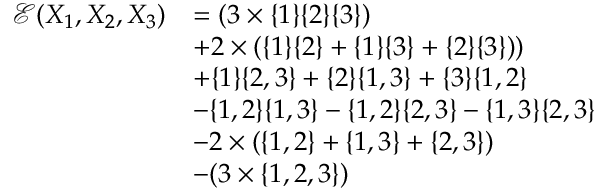
\begin{array} { r l } { \mathcal { E } ( X _ { 1 } , X _ { 2 } , X _ { 3 } ) } & { = ( 3 \times \{ 1 \} \{ 2 \} \{ 3 \} ) } \\ & { + 2 \times ( \{ 1 \} \{ 2 \} + \{ 1 \} \{ 3 \} + \{ 2 \} \{ 3 \} ) ) } \\ & { + \{ 1 \} \{ 2 , 3 \} + \{ 2 \} \{ 1 , 3 \} + \{ 3 \} \{ 1 , 2 \} } \\ & { - \{ 1 , 2 \} \{ 1 , 3 \} - \{ 1 , 2 \} \{ 2 , 3 \} - \{ 1 , 3 \} \{ 2 , 3 \} } \\ & { - 2 \times ( \{ 1 , 2 \} + \{ 1 , 3 \} + \{ 2 , 3 \} ) } \\ & { - ( 3 \times \{ 1 , 2 , 3 \} ) } \end{array}